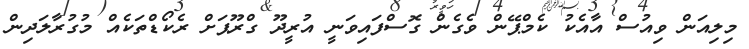
މިލިއަން ވިއުސް އާއެކު ކެމްޕޭން ވެގެން ގޮސްފައިވަނީ އުރީދޫ ގްރޫޕަށް ރެކޯޑްތަކެއް މުގުރާލަދިން